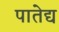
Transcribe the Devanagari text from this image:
पातेद्य